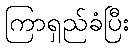
ကြာရှည်ခံပြီး